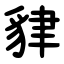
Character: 貄